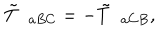
LaTeX: \tilde { T } _ { \; \; a B C } = - \tilde { T } _ { \; \; a C B } ,